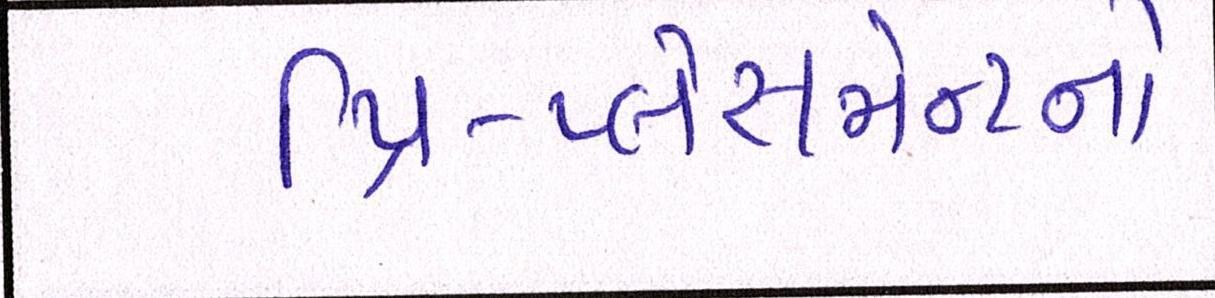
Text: પ્રિ-પ્લેસમેન્ટનો